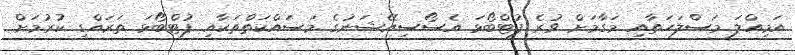
އަމިއްލަ މަސްލަހަތާއި މަގާމަށް ވުރެ ފުޓްބޯޅަ އެސޯސިއޭޝަނުގެ މަސައްކަތްތަކާއި ފުޓްބޯޅަ ތަރައްގީ ކުރުމަށް